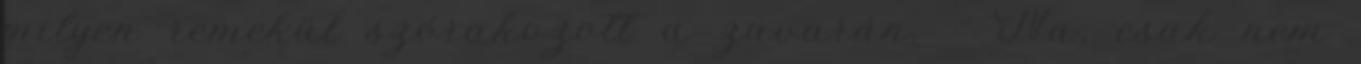
milyen remekül szórakozott a zavarán. - Na, csak nem